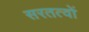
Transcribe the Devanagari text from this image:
सरतत्वों